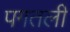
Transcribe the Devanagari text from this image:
पगतली